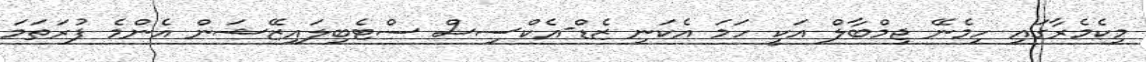
މިކެމެރާގައި ހިމެނޭ ޖިމްބާލް އަކީ ހަމަ އެކަނި ޒެޑް-އެކްސިސް ސްޓެބިލައިޒޭޝަން އެންމެ ފުރަތަމަ